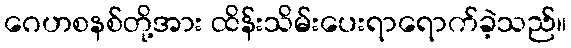
ဂေဟစနစ်တို့အား ထိန်းသိမ်းပေးရာရောက်ခဲ့သည်။